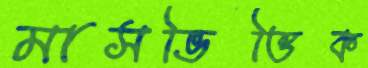
মাসভিত্তিক